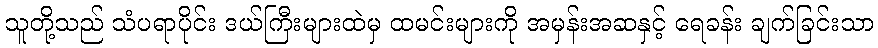
သူတို့သည် သံပရာပိုင်း ဒယ်ကြီးများထဲမှ ထမင်းများကို အမှန်းအဆနှင့် ရေခန်း ချက်ခြင်းသာ